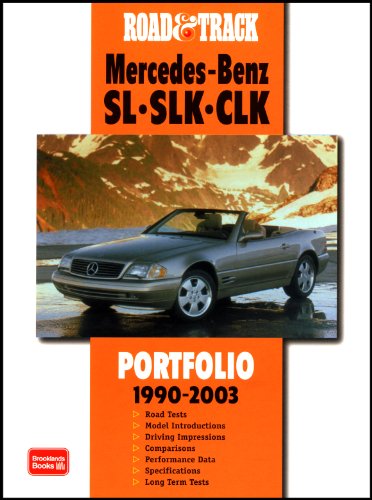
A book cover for Road & Track Mercedes-Benz SL-SLK-CLK (Road & Track Series); R.M. Clarke; Engineering & Transportation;